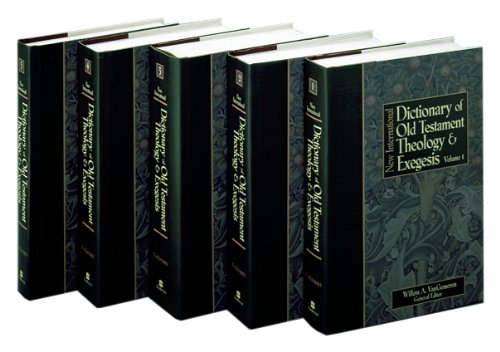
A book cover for New International Dictionary of Old Testament Theology and Exegesis (5 volume set); Christian Books & Bibles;